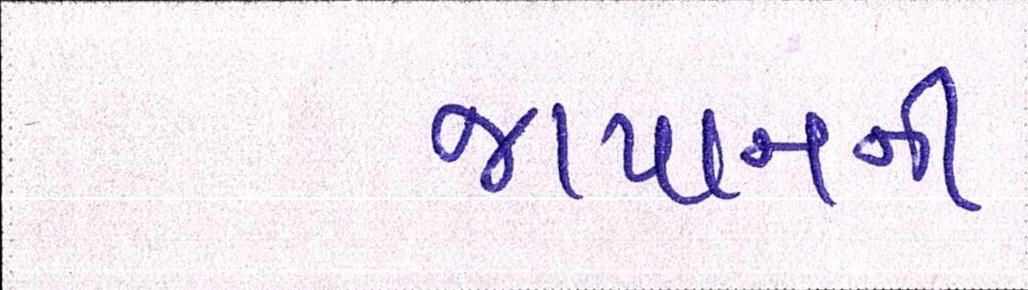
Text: જાપાનની